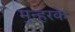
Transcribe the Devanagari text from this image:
मुन्हरके